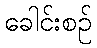
ခေါင်းစဉ်